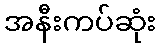
အနီးကပ်ဆုံး